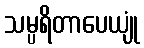
သမ္ပရိတာပေယျုံ